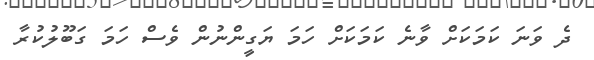
ދެ ވަނަ ކަމަކަށް ވާނެ ކަމަކަށް ހަމަ ޔަގީންނުން ވެސް ހަމަ ގަބޫލުކުރާ